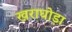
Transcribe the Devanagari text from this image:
खराघोड़ा